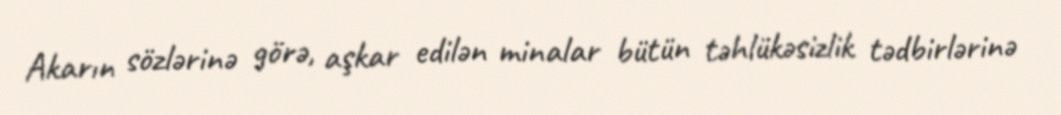
Akarın sözlərinə görə, aşkar edilən minalar bütün təhlükəsizlik tədbirlərinə